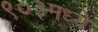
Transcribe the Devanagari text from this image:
९०३मध्ये